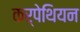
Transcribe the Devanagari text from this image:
कर्पेथियन